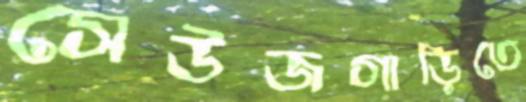
সেউজগাড়িতে